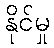
နိုင်မှု